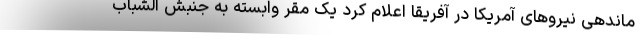
ماندهی نیروهای آمریکا در آفریقا اعلام کرد یک مقر وابسته به جنبش الشباب